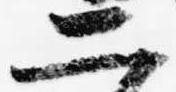
二